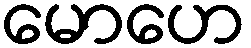
မောဟေ